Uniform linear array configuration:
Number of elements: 8
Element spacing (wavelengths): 0.75
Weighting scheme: exponential
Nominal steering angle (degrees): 30
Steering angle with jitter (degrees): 28.599
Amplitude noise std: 0.05
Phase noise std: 0.05

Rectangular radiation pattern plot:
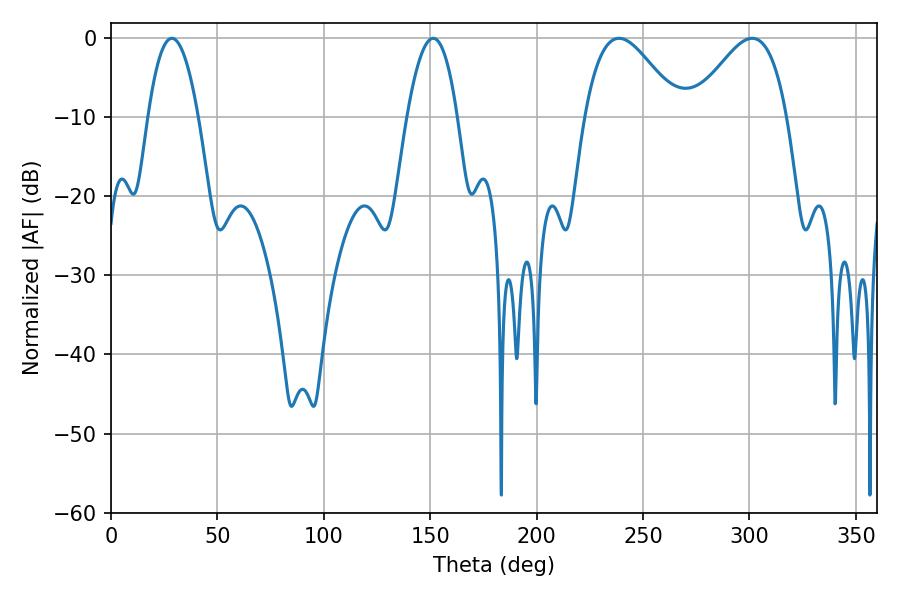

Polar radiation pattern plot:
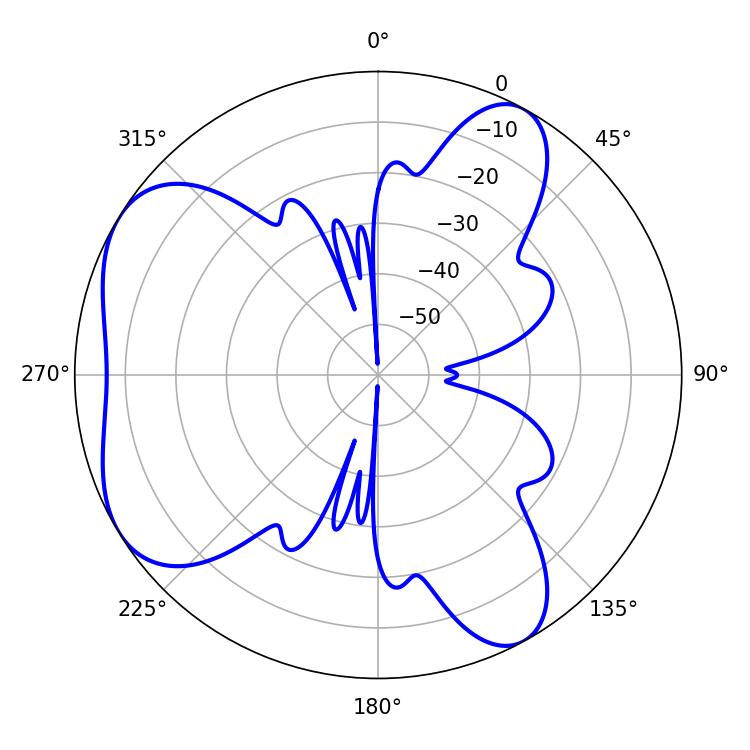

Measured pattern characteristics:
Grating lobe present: TRUE
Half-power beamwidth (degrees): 12.96
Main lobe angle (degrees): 28.62